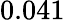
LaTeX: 0.041